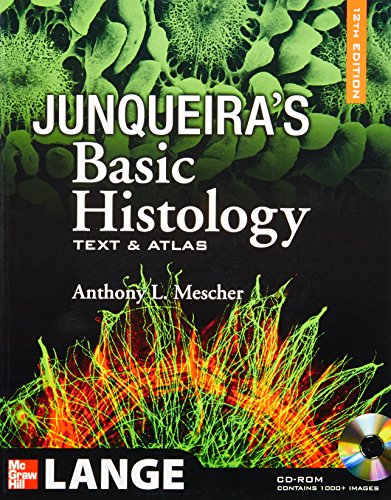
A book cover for Junqueira's Basic Histology: Text and Atlas, 12th Edition; Anthony Mescher; Medical Books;